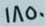
1850